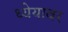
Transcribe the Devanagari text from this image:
ध्येयावर